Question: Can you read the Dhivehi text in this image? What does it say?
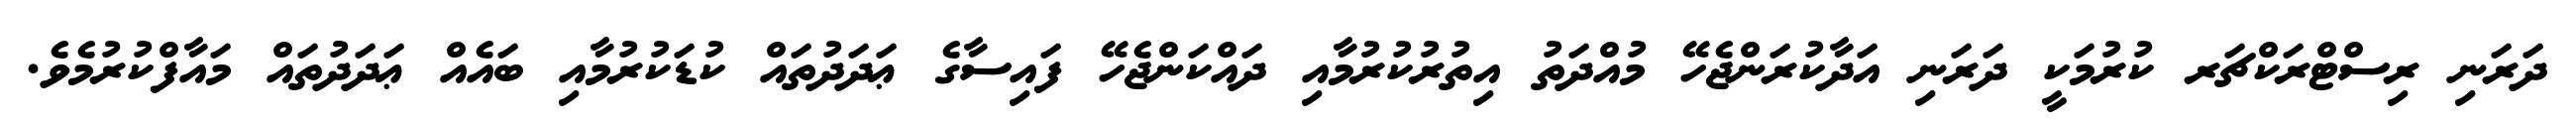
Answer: ދަރަނި ރިސްޓްރަކްޗަރ ކުރުމަކީ ދަރަނި އަދާކުރަންޖެހޭ މުއްދަތު އިތުރުކުރުމާއި ދައްކަންޖެހޭ ފައިސާގެ ޢަދަދުތައް ކުޑަކުރުމާއި ބައެއް ޢަދަދުތައް މައާފްކުރުމެވެ.